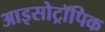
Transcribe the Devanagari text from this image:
आइसोट्रॉपिक